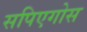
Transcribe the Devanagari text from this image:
सपिएगोस